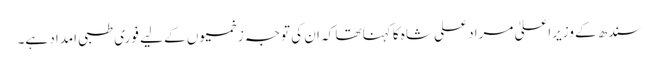
سندھ کے وزیراعلیٰ مراد علی شاہ کا کہنا تھا کہ ان کی توجہ زخمیوں کے لیے فوری طبی امداد ہے۔